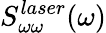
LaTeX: S_{\omega\omega}^{laser}(\omega)